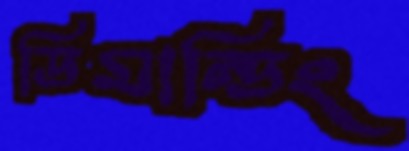
ডিমান্ডিং